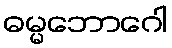
ဓမ္မဘောဂေါ